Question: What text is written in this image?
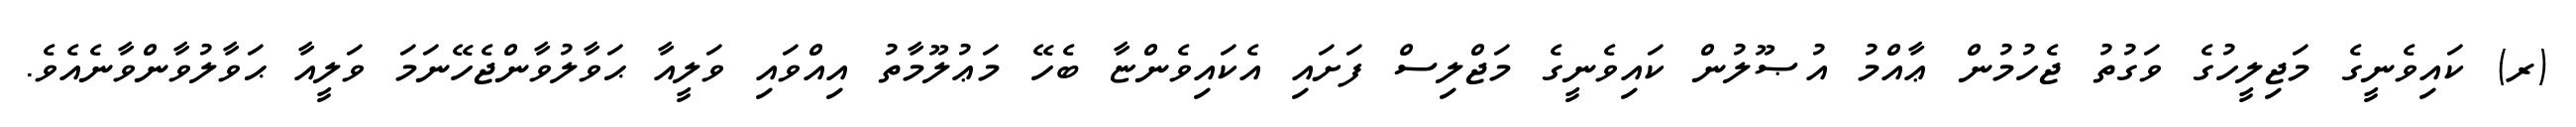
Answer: (ރ) ކައިވެނީގެ މަޖިލީހުގެ ވަގުތު ޖެހުމުން ޢާއްމު އުޞޫލުން ކައިވެނީގެ މަޖްލިސް ފަށައި އެކައިވެންޏާ ބެހޭ މަޢުލޫމާތު އިއްވައި ވަލީއާ ޙަވާލުވާންޖެހޭނަމަ ވަލީއާ ޙަވާލުވާންވާނެއެވެ.